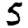
Digit: 5